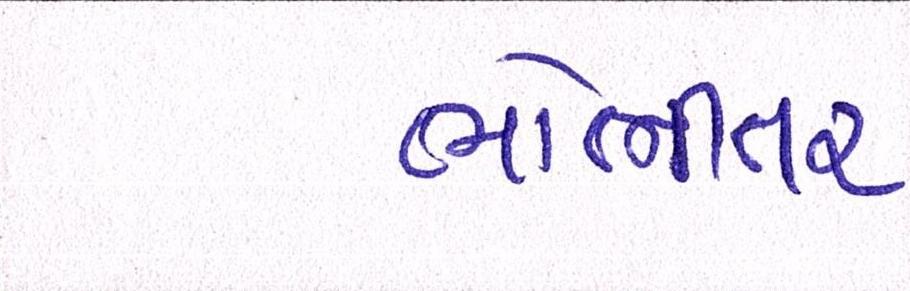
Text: ભોભીતર